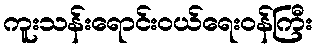
ကူးသန်းရောင်းဝယ်ရေးဝန်ကြီး